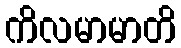
ကိလမာမာတိ